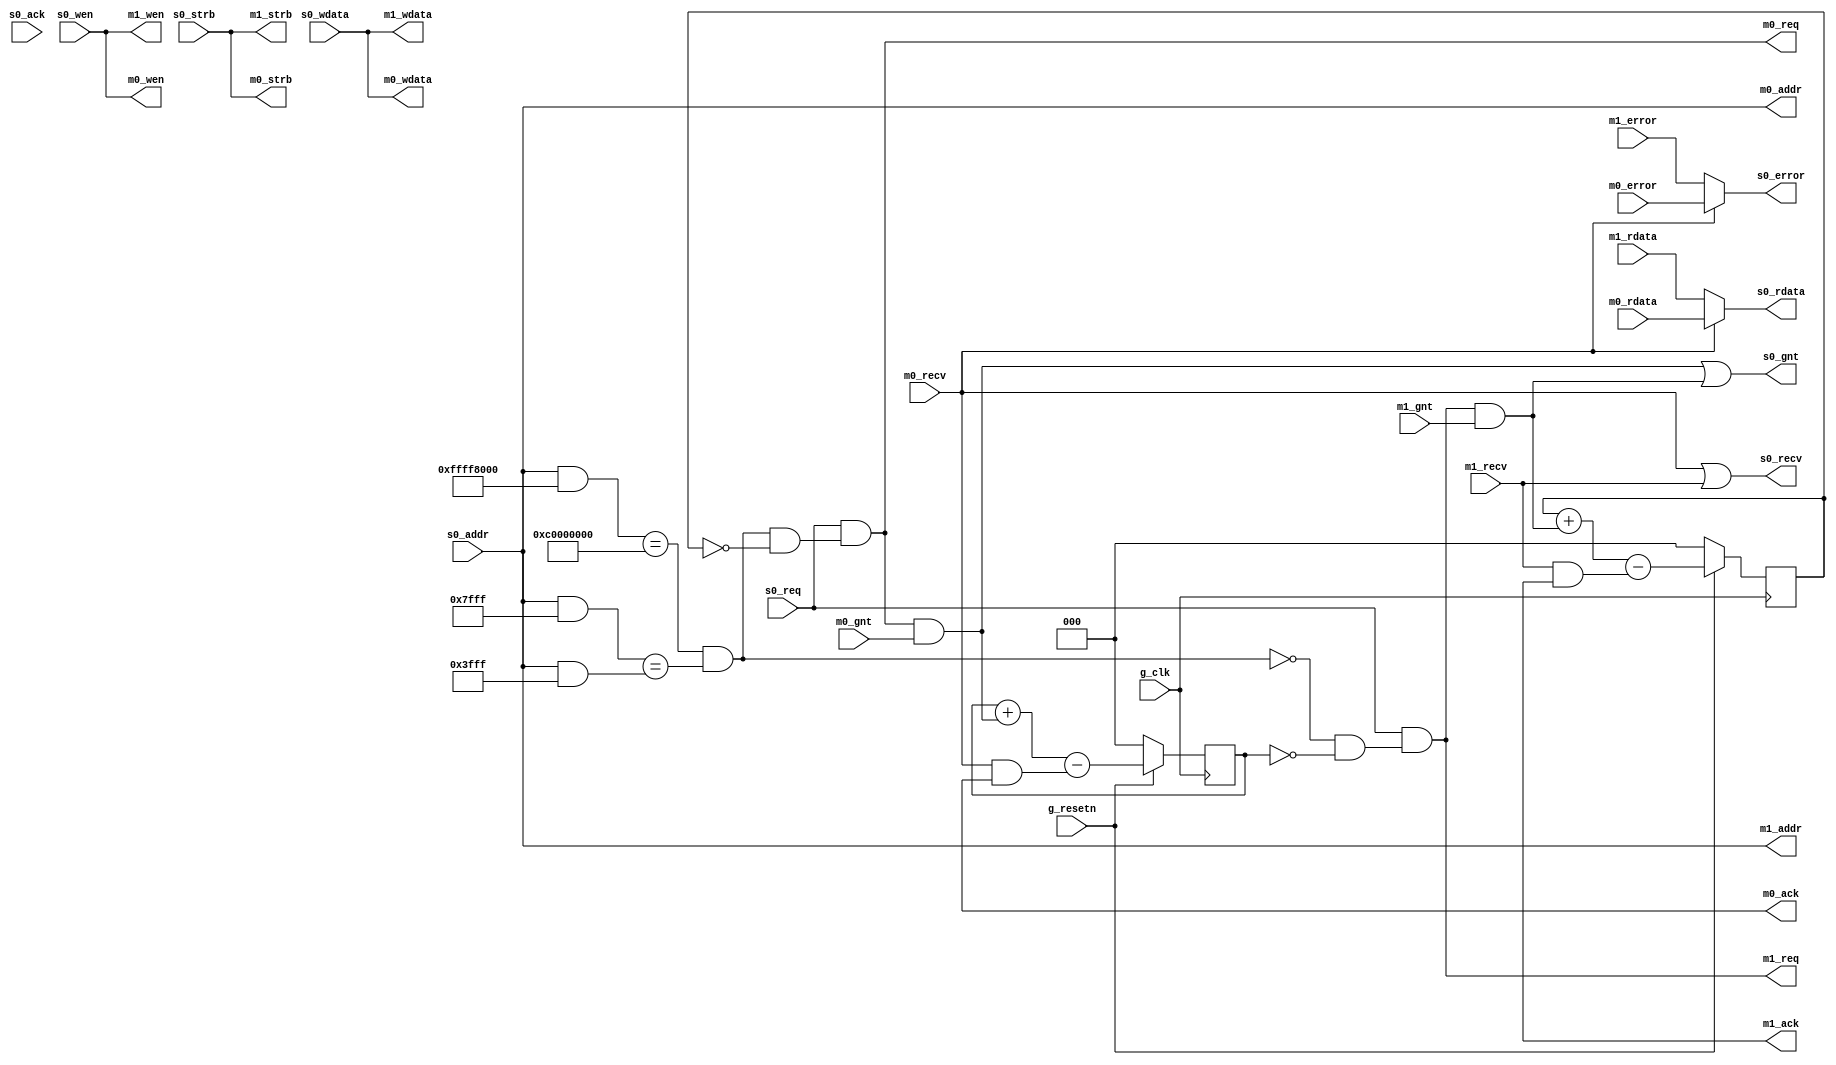

//
// module: frv_bus_splitter
//
//  Splits requests between two different masters based on
//  a basic address map. All requests to one master must complete
//  before requests to the other master can begin.
//
module frv_bus_splitter (

input               g_clk    , // global clock
input               g_resetn , // synchronous reset

//
// Slave 0
input  wire         s0_req   , // Start memory request
output wire         s0_gnt   , // request accepted
input  wire         s0_wen   , // Write enable
input  wire [3:0]   s0_strb  , // Write strobe
input  wire [31:0]  s0_wdata , // Write data
input  wire [31:0]  s0_addr  , // Read/Write address

output wire         s0_recv  , // Instruction memory recieve response.
input  wire         s0_ack   , // Instruction memory ack response.
output wire         s0_error , // Error
output wire [31:0]  s0_rdata , // Read data

//
// Master 0
output wire         m0_req   , // Start memory request
input  wire         m0_gnt   , // request accepted
output wire         m0_wen   , // Write enable
output wire [3:0]   m0_strb  , // Write strobe
output wire [31:0]  m0_wdata , // Write data
output wire [31:0]  m0_addr  , // Read/Write address

input  wire         m0_recv  , // Instruction memory recieve response.
output wire         m0_ack   , // Instruction memory ack response.
input  wire         m0_error , // Error
input  wire [31:0]  m0_rdata , // Read data

//
// Master 1
output wire         m1_req   , // Start memory request
input  wire         m1_gnt   , // request accepted
output wire         m1_wen   , // Write enable
output wire [3:0]   m1_strb  , // Write strobe
output wire [31:0]  m1_wdata , // Write data
output wire [31:0]  m1_addr  , // Read/Write address

input  wire         m1_recv  , // Instruction memory recieve response.
output wire         m1_ack   , // Instruction memory ack response.
input  wire         m1_error , // Error
input  wire [31:0]  m1_rdata   // Read data

);

parameter M0_ADDR_MASK = 32'hFFFF8000;
parameter M0_ADDR_MATCH= 32'hC0000000;
parameter M0_ADDR_RANGE= 32'h00003FFF;

//
// Outstanding request tracking.

wire      m0_req_now    = m0_req    && m0_gnt;
wire      m0_rsp_now    = m0_recv   && m0_ack;

wire      m1_req_now    = m1_req    && m1_gnt;
wire      m1_rsp_now    = m1_recv   && m1_ack;

reg  [2:0] m0_reqs_out;
reg  [2:0] m1_reqs_out;

wire [2:0] n_m0_reqs_out = (m0_reqs_out + m0_req_now) - m0_rsp_now;
wire [2:0] n_m1_reqs_out = (m1_reqs_out + m1_req_now) - m1_rsp_now;

always @(posedge g_clk) begin
    if(!g_resetn) begin
        m0_reqs_out <= 0;
        m1_reqs_out <= 0;
    end else begin
        m0_reqs_out <= n_m0_reqs_out;
        m1_reqs_out <= n_m1_reqs_out;
    end
end

//
// Request destination decoding

wire    addr_to_m0 = (m0_addr &  M0_ADDR_MASK) == M0_ADDR_MATCH &&
                     (m0_addr & ~M0_ADDR_MASK) == (m0_addr & M0_ADDR_RANGE);
wire    addr_to_m1 = !addr_to_m0;

wire    m0_req_en  = addr_to_m0 && m1_reqs_out == 0;
wire    m1_req_en  = addr_to_m1 && m0_reqs_out == 0;

//
// Request sending.

assign m0_req   = s0_req && m0_req_en;

assign m0_wen   = s0_wen  ;
assign m0_strb  = s0_strb ;
assign m0_wdata = s0_wdata;
assign m0_addr  = s0_addr ;

assign m1_req   = s0_req && m1_req_en;

assign m1_wen   = s0_wen  ;
assign m1_strb  = s0_strb ;
assign m1_wdata = s0_wdata;
assign m1_addr  = s0_addr ;

assign s0_gnt   = m0_req && m0_gnt || m1_req && m1_gnt;

//
// Response routing.
//
//  Assumption: Impossible for two responses at the same time, since
//      requests to different masters cannot overlap in time either.
//
assign s0_recv  = m0_recv || m1_recv;
assign s0_error = m0_recv ? m0_error : m1_error;
assign s0_rdata = m0_recv ? m0_rdata : m1_rdata;

endmodule